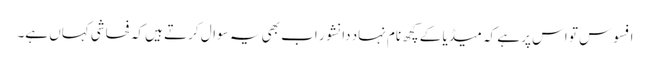
افسوس تو اس پر ہے کہ میڈیا کے کچھ نام نہاد دانشور اب بھی یہ سوال کرتے ہیں کہ فحاشی کہاں ہے۔